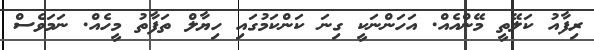
ރިފާއު ކަލޭތީ މޭންއެއް. އަހަންނަކީ ގިނަ ކަންކަމުގައި ހިޔާލް ތަފާތު މީހެއް. ނަމަވެސް